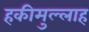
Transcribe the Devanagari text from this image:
हकीमुल्लाह